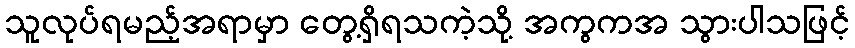
သူလုပ်ရမည့်အရာမှာ တွေ့ရှိရသကဲ့သို့ အကွကအ သွားပါသဖြင့်